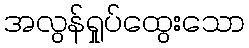
အလွန်ရှုပ်ထွေးသော